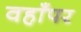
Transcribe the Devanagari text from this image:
वहाँपर